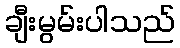
ချီးမွမ်းပါသည်